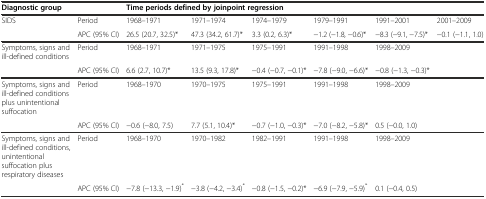
| Diagnostic group |  | <COLSPAN=6> Time periods defined by joinpoint regression |
 | --- | --- | --- | --- | --- | --- | --- | --- |
 | SIDS | Period | 1968–1971 | 1971–1974 | 1974–1979 | 1979–1991 | 1991–2001 | 2001–2009 |
 |  | APC (95% CI) | 26.5 (20.7, 32.5)* | 47.3 (34.2, 61.7)* | 3.3 (0.2, 6.3)* | −1.2 (−1.8, −0.6)* | −8.3 (−9.1, −7.5)* | −0.1 (−1.1, 1.0) |
 | Symptoms, signs and ill-defined conditions | Period | 1968–1971 | 1971–1975 | 1975–1991 | 1991–1998 | 1998–2009 |  |
 |  | APC (95% CI) | 6.6 (2.7, 10.7)* | 13.5 (9.3, 17.8)* | −0.4 (−0.7, −0.1)* | −7.8 (−9.0, −6.6)* | −0.8 (−1.3, −0.3)* |  |
 | Symptoms, signs and ill-defined conditions plus unintentional suffocation | Period | 1968–1970 | 1970–1975 | 1975–1991 | 1991–1998 | 1998–2009 |  |
 |  | APC (95% CI) | −0.6 (−8.0, 7.5) | 7.7 (5.1, 10.4)* | −0.7 (−1.0, −0.3)* | −7.0 (−8.2, −5.8)* | 0.5 (−0.0, 1.0) |  |
 | Symptoms, signs and ill-defined conditions, unintentional suffocation plus respiratory diseases | Period | 1968–1970 | 1970–1982 | 1982–1991 | 1991–1998 | 1998–2009 |  |
 |  | APC (95% CI) | −7.8 (−13.3, −1.9)* | −3.8 (−4.2, −3.4)* | −0.8 (−1.5, −0.2)* | −6.9 (−7.9, −5.9)* | 0.1 (−0.4, 0.5) |  |